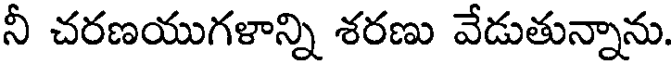
నీ చరణయుగళాన్ని శరణు వేడుతున్నాను.